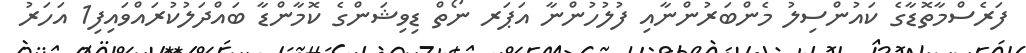
ފަރެސްމާތޮޑާގެ ކައުންސިލު މެންބަރުންނާއި ފުލުހުންނާ އަޕަރ ނޯތް ޑިވިޝަންގެ ކޮމާންޑާ ބައްދަލުކުރައްވައިފި1 އަހަރު